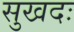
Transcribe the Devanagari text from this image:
सुखदः